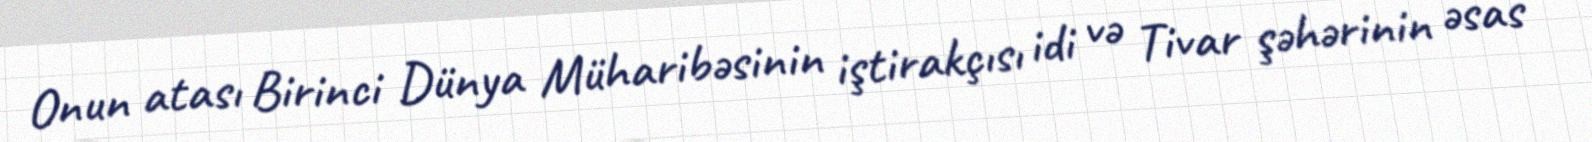
Onun atası Birinci Dünya Müharibəsinin iştirakçısı idi və Tivar şəhərinin əsas